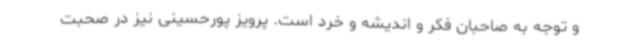
و توجه به صاحبان فکر و اندیشه و خرد است. پرویز پورحسینی نیز در صحبت